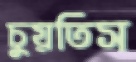
চুয়তিস